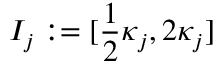
I _ { j } : = [ \frac 1 2 \kappa _ { j } , 2 \kappa _ { j } ]